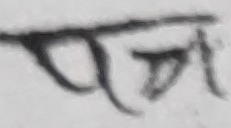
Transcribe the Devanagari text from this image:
पत्र